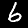
Digit: 6